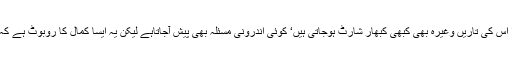
چونکہ یہ ایک مشین ہے لہذا اس کی تاریں وغیرہ بھی کبھی کبھار شارٹ ہوجاتی ہیں‘ کوئی اندرونی مسئلہ بھی پیش آجاتاہے لیکن یہ ایسا کمال کا روبوٹ ہے کہ اپنا علاج خود ہی کرلیتاہے۔